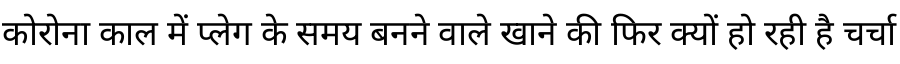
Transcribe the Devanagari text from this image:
कोरोना काल में प्लेग के समय बनने वाले खाने की फिर क्यों हो रही है चर्चा